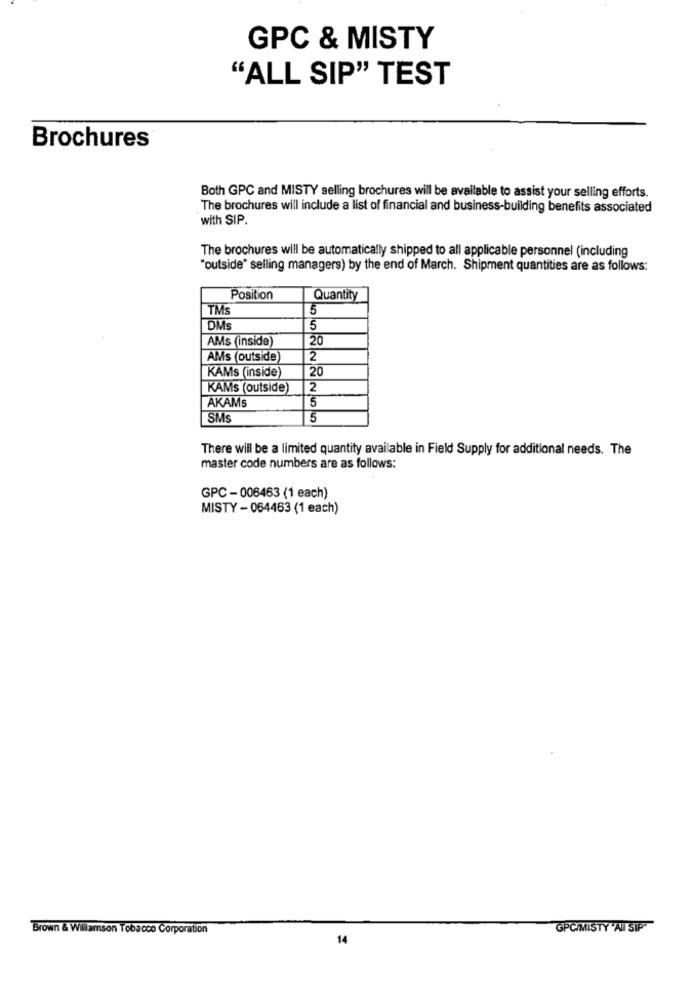
GPC & MISTY
"ALL SIP" TEST
Brochures
Both GPC and MISTY selling brochures will be available to assist your selling efforts.
The brochures will include a list of financial and business-building benefits associated
with SIP.
The brochures will be automatically shipped to all applicable personnel (including
"outside" selling managers) by the end of March. Shipment quantities are as follows:
Position
Quantity
TMS
5
DMs
5
AMs (inside)
20
AMs (outside)
2
KAMs (inside)
20
KAMs (outside)
2
AKAMS
5
SMS
5
There will be a limited quantity available in Field Supply for additional needs. The
master code numbers are as follows:
GPC - 006463 (1 each)
MISTY - 064463 (1 each)
Brown & Williamson Tobacco Corporation
GPC/MISTY AI SIP"
14